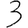
Digit: 3